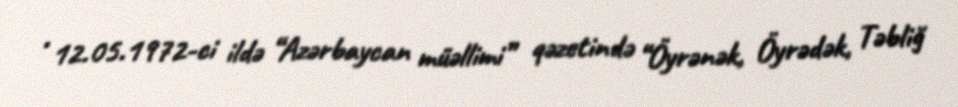
• 12.05.1972-ci ildə “Azərbaycan müəllimi” qəzetində “Öyrənək, Öyrədək, Təbliğ